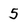
Character: 5